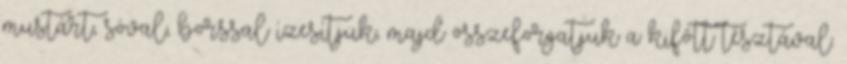
mustárt, sóval, borssal ízesítjük, majd összeforgatjuk a kifőtt tésztával.